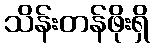
သိန်းတန်ဖိုးရှိ